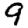
Digit: 9